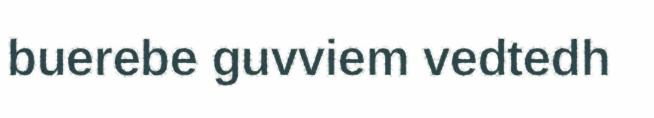
buerebe guvviem vedtedh